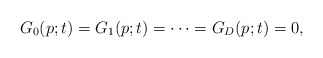
\begin{align*} G_0(p;t) = G_1(p;t) = \cdots = G_D(p;t) = 0 ,\end{align*}